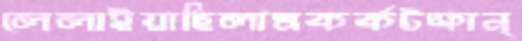
লেলাইয়াছিলামকর্কটক্রান্